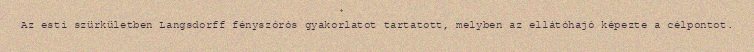
Az esti szürkületben Langsdorff fényszórós gyakorlatot tartatott, melyben az ellátóhajó képezte a célpontot.